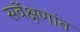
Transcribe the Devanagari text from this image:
सर्वेक्षणांत